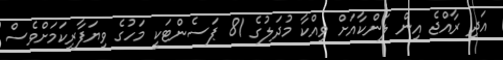
އަދި ރާއްޖެ އިން ލަންކާއަށް ވިއްކާ މުދަލުގެ 81 ޕަސެންޓަކީ މަހުގެ ވިޔަފާރިކަމަށްވެސް